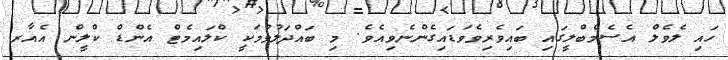
ހައި ލެވެލް އެސެމްބްލީގައި ބައިވެރިވެވަޑައިގެންނެވިއެވެ. މި ބައްދަލުވުމަކީ ކްލައިމެޓް އެންޑް ކްލީން އެއާރ